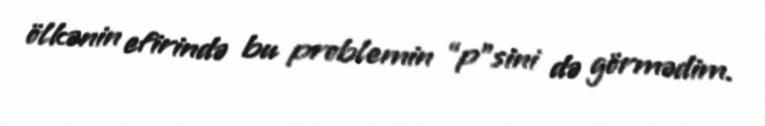
ölkənin efirində bu problemin “p”sini də görmədim.